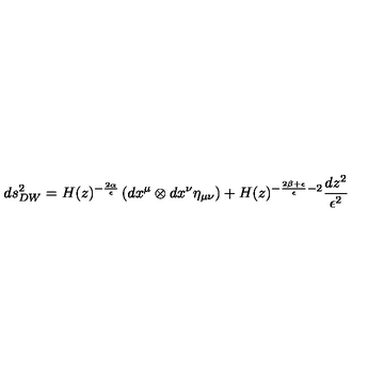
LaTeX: d s _ { D W } ^ { 2 } = H ( z ) ^ { - \frac { 2 \alpha } { \epsilon } } \left( d x ^ { \mu } \otimes d x ^ { \nu } \eta _ { \mu \nu } \right) + H ( z ) ^ { - \frac { 2 \beta + \epsilon } { \epsilon } - 2 } \frac { d z ^ { 2 } } { \epsilon ^ { 2 } }